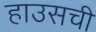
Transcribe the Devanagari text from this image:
हाउसची